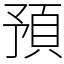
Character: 預